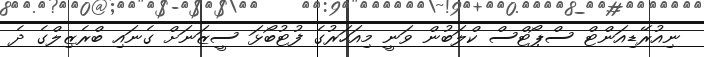
ނިއުރޭޑިއަންޓް ސްޕޯޓްސް ކްލަބުން ވަނީ މިއަހަރުގެ ފުޓުބޯޅަ ސީޒަނަށް ގެނައި ބްރެޒިލްގެ ދެ